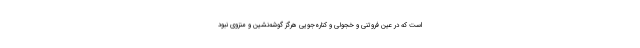
است که در عین فروتنی و خجولی و کناره‌جویی هرگز گوشه‌نشین و منزوی نبود